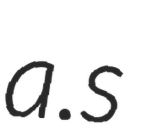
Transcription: a.s